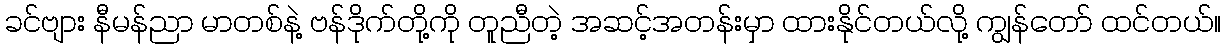
ခင်ဗျား နီမန်ညာ မာတစ်နဲ့ ဗန်ဒိုက်တို့ကို တူညီတဲ့ အဆင့်အတန်းမှာ ထားနိုင်တယ်လို့ ကျွန်တော် ထင်တယ်။